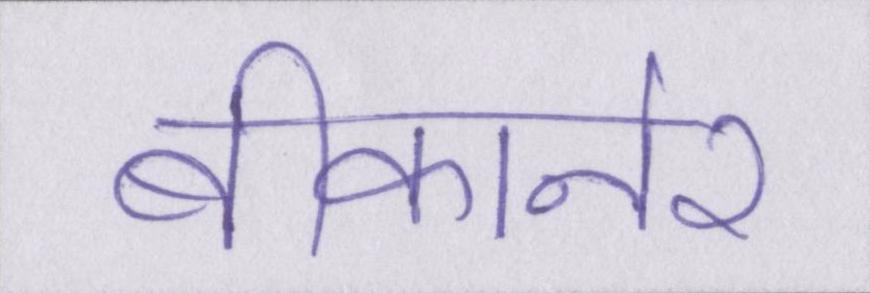
बीकानेर